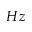
H z